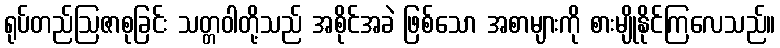
ရုပ်တည်ဩဇာစုခြင်း သတ္တဝါတို့သည် အစိုင်အခဲ ဖြစ်သော အစာများကို စားမျိုနိုင်ကြလေသည်။